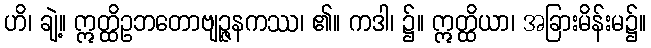
ဟိ၊ ချဲ့။ ဣတ္ထိဥဘတောဗျဉ္ဇနကဿ၊ ၏။ ကဒါ၊ ၌။ ဣတ္ထိယာ၊ အခြားမိန်းမ၌။